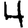
Digit: 4